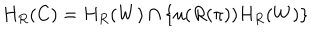
LaTeX: H _ { R } ( C ) = H _ { R } ( W ) \cap \left\{ u ( R ( \pi ) ) H _ { R } ( W ) \right\}